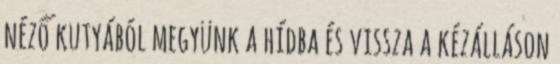
néző kutyából megyünk a hídba és vissza a kézálláson